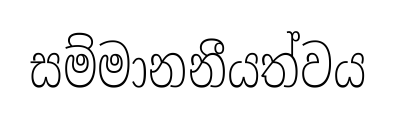
සම්මානනීයත්වය